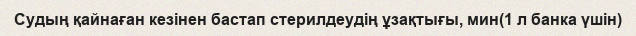
Судың қайнаған кезінен бастап стерилдеудің ұзақтығы, мин(1 л банка үшін)